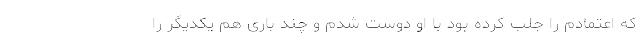
که اعتمادم را جلب کرده بود با او دوست شدم و چند باری هم یکدیگر را